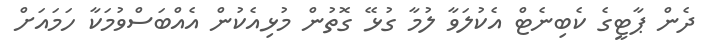
ދެން ޕާޓީގެ ކެބިނެޓް އެކުލަވާ ލުމާ ގުޅޭ ގޮތުން މުޅިއެކުން އެއްބަސްވުމަކާ ހަމައަށް